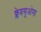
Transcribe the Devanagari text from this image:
क्लेवसुओसा